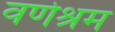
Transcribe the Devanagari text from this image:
वर्णश्रम